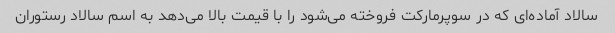
سالاد آماده‌ای که در سوپرمارکت فروخته می‌شود را با قیمت بالا می‌دهد به اسم سالاد رستوران